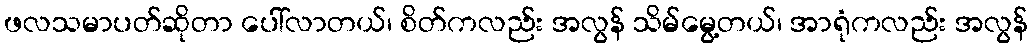
ဖလသမာပတ်ဆိုတာ ပေါ်လာတယ်၊ စိတ်ကလည်း အလွန် သိမ်မွေ့တယ်၊ အာရုံကလည်း အလွန်